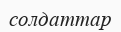
солдаттар